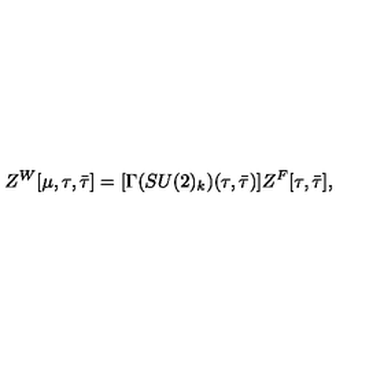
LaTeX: Z ^ { W } [ \mu , \tau , \bar { \tau } ] = [ \Gamma ( S U ( 2 ) _ { k } ) ( \tau , { \bar { \tau } } ) ] Z ^ { F } [ \tau , { \bar { \tau } } ] ,